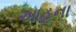
આહના